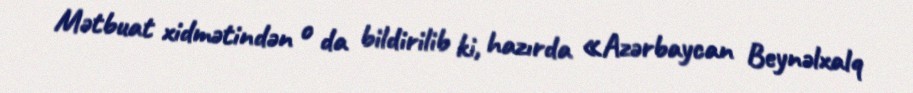
Mətbuat xidmətindən o da bildirilib ki, hazırda «Azərbaycan Beynəlxalq